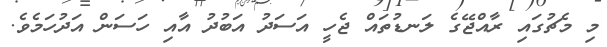
މި މެޗުގައި ރާއްޖޭގެ ލަނޑުތައް ޖެހީ އަސަދު އަބުދު އާއި ހަސަން އަދުހަމެވެ.